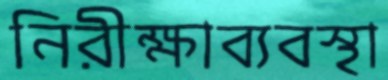
নিরীক্ষাব্যবস্থা